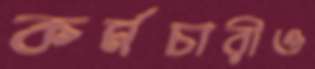
কর্মচারীও